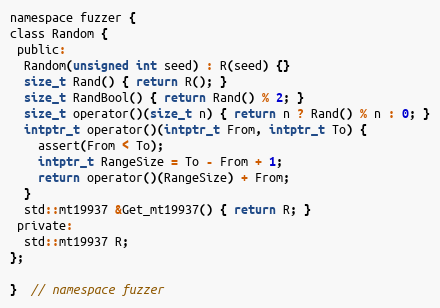
Language: C
namespace fuzzer {
class Random {
 public:
  Random(unsigned int seed) : R(seed) {}
  size_t Rand() { return R(); }
  size_t RandBool() { return Rand() % 2; }
  size_t operator()(size_t n) { return n ? Rand() % n : 0; }
  intptr_t operator()(intptr_t From, intptr_t To) {
    assert(From < To);
    intptr_t RangeSize = To - From + 1;
    return operator()(RangeSize) + From;
  }
  std::mt19937 &Get_mt19937() { return R; }
 private:
  std::mt19937 R;
};

}  // namespace fuzzer